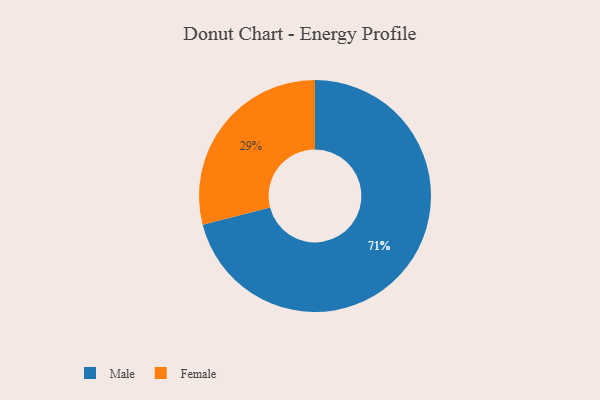
{"axis": {"x": "Category", "y": "Percentage"}, "legend": ["Female", "Male"], "data": [{"x": "Female", "y": 29, "type": "Female"}, {"x": "Male", "y": 71, "type": "Male"}]}